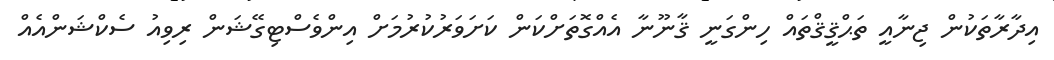
އިދާރާތަކުން ޖިނާއީ ތަޙްޤީޤްތައް ހިންގަނީ ޤާނޫނާ އެއްގޮތަށްކަން ކަށަވަރުކުރުމަށް އިންވެސްޓިގޭޝަން ރިވިއު ސެކްޝަންއެއް